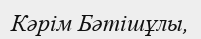
Кәрім Бәтішұлы,